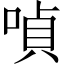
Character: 𠸩